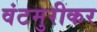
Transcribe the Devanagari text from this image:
वंटमुरीकर